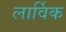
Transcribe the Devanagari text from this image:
लार्विक